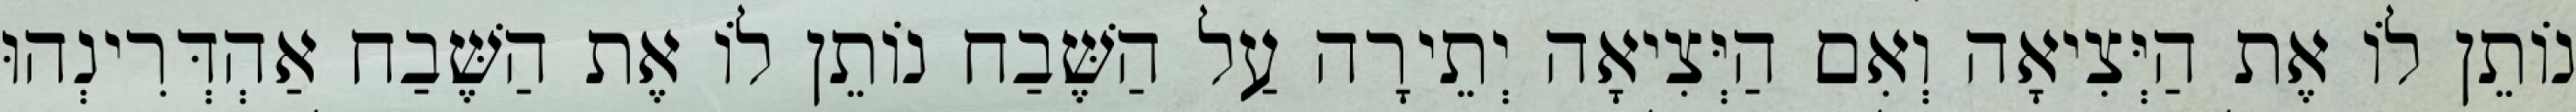
נוֹתֵן לוֹ אֶת הַיְּצִיאָה וְאִם הַיְּצִיאָה יְתֵירָה עַל הַשֶּׁבַח נוֹתֵן לוֹ אֶת הַשֶּׁבַח אַהְדְּרִינְהוּ